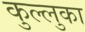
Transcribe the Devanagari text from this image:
कुल्लुका